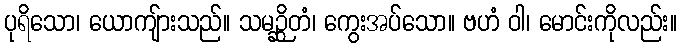
ပုရိသော၊ ယောကျ်ားသည်။ သမဉ္ဆိတံ၊ ကွေးအပ်သော။ ဗဟံ ဝါ၊ မောင်းကိုလည်း။